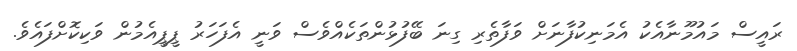
ރައީސް މައުމޫނާއެކު އެމަނިކުފާނަށް ވަފާތެރި ގިނަ ބޭފުޅުންތަކެއްވެސް ވަނީ އެފަހަރު ޕީޕީއެމުން ވަކިކޮށްފައެވެ.